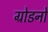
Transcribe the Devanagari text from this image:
ग्रोडनो